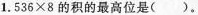
1.536/times8的积的最高位是()。A.百位 B.千位 C.万位